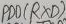
Text: PD0